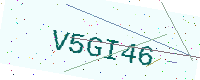
Text: V5GI46